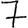
Digit: 7